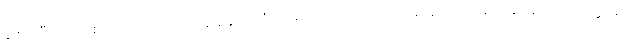
ခိုးစားပြီးလျှင် မစားကြောင်းယုံစေရန် ခွေးစားခံရပါစေသားဟု မုသား ကျိန်တွယ်ပြောဆိုခဲ့ခြင်းကြောင့် ပြိတ္တာမ